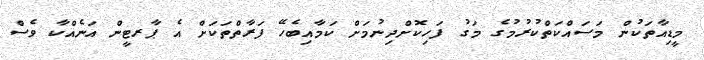
މީޑިއާތަކުން މަސައްކަތްކުރުމުގެ މަގު ފަހިކޮށްދިނުމަށް ކަމާއިބެހޭ ފަރާތްތަކަށް އެ ޕާރޓީން އަނެއްކާ ވެސް